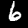
Digit: 6